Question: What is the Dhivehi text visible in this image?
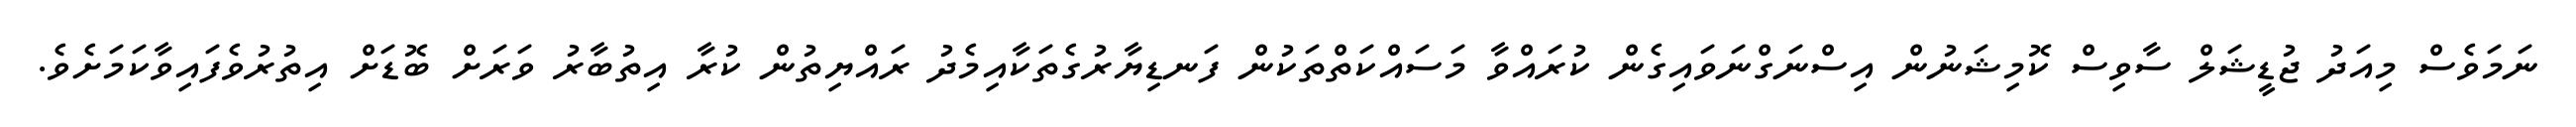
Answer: ނަމަވެސް މިއަދު ޖުޑީޝަލް ސާވިސް ކޮމިޝަނުން އިސްނަގްނަވައިގެން ކުރައްވާ މަސައްކަތްތަކުން ފަނޑިޔާރުގެތަކާއިމެދު ރައްޔިތުން ކުރާ އިތުބާރު ވަރަށް ބޮޑަށް އިތުރުވެފައިވާކަމަށެވެ.